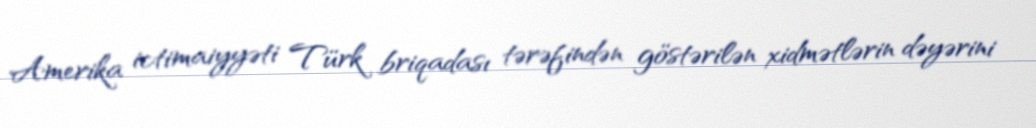
Amerika ictimaiyyəti Türk briqadası tərəfindən göstərilən xidmətlərin dəyərini